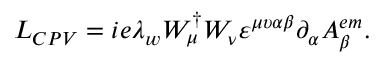
L _ { C P V } = i e \lambda _ { w } W _ { \mu } ^ { \dagger } W _ { \nu } \varepsilon ^ { \mu \upsilon \alpha \beta } \partial _ { \alpha } A _ { \beta } ^ { e m } .